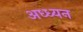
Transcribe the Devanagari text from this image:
अध्ध्यन